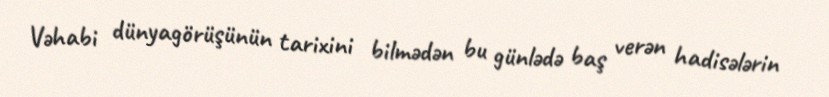
Vəhabi dünyagörüşünün tarixini bilmədən bu günlədə baş verən hadisələrin